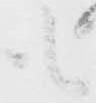
も